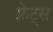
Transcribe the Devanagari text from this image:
फ़्रेट्स